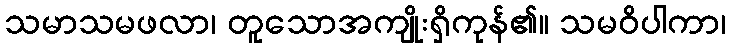
သမာသမဖလာ၊ တူသောအကျိုးရှိကုန်၏။ သမဝိပါကာ၊